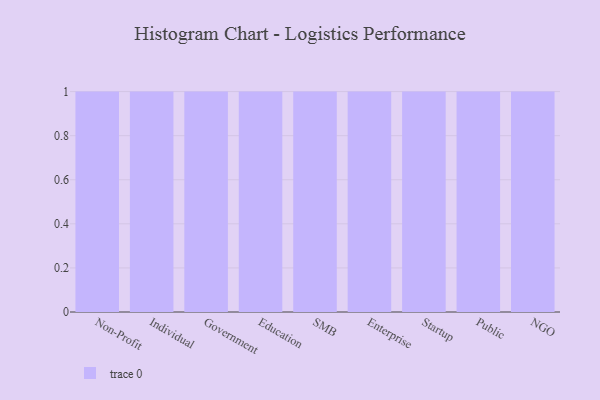
{"axis": {"x": "Segment", "y": "Budget (USD K)"}, "legend": [""], "data": [{"x": "Non-Profit", "y": 85, "type": ""}, {"x": "Individual", "y": 90, "type": ""}, {"x": "Government", "y": 1, "type": ""}, {"x": "Education", "y": 13, "type": ""}, {"x": "SMB", "y": 65, "type": ""}, {"x": "Enterprise", "y": 6, "type": ""}, {"x": "Startup", "y": 82, "type": ""}, {"x": "Public", "y": 31, "type": ""}, {"x": "NGO", "y": 84, "type": ""}]}